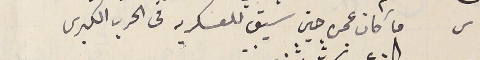
س ما كان عمره حين سيق للعسكريه في الحرب الكبرى